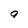
Character: g